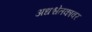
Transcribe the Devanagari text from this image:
अधश्चेतकावर